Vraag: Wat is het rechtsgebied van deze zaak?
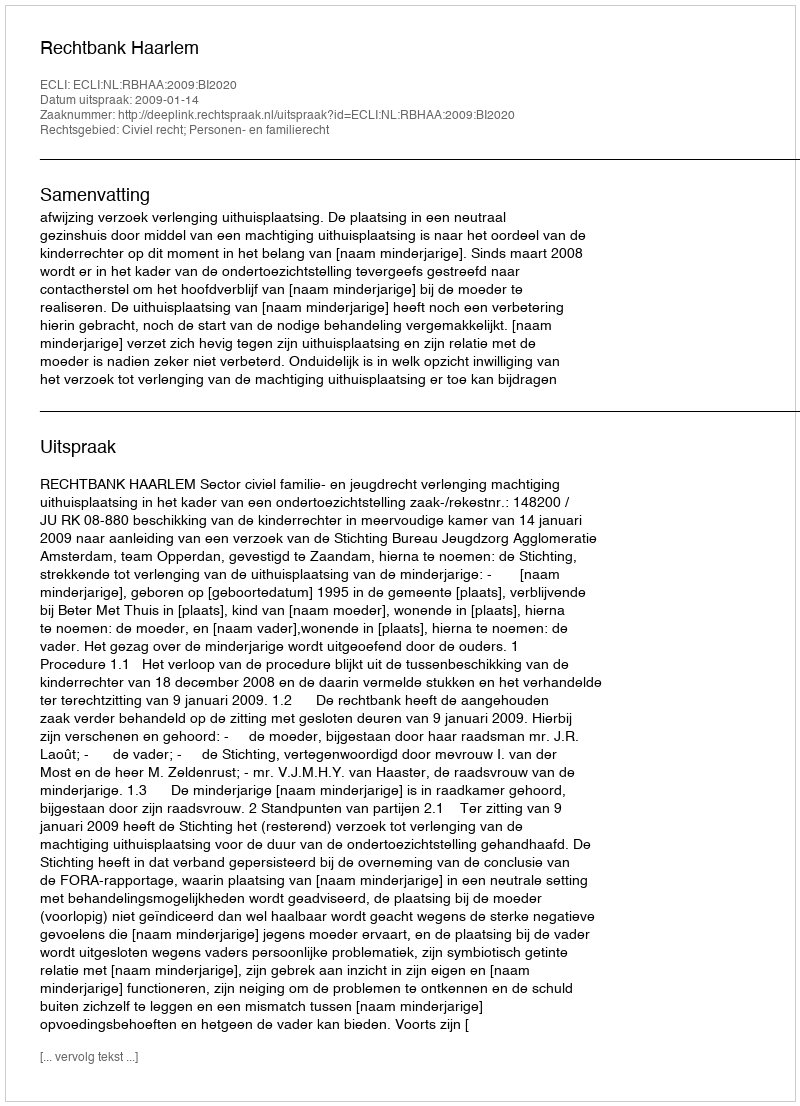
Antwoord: Civiel recht; Personen- en familierecht